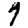
Digit: 7